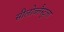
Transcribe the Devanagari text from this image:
सीलोब्लैस्टुला